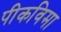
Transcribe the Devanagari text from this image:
पीकविमा